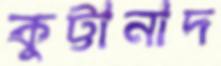
কুট্টানাদ